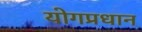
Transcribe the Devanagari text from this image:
योगप्रधान